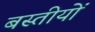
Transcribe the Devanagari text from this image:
बस्तीयों